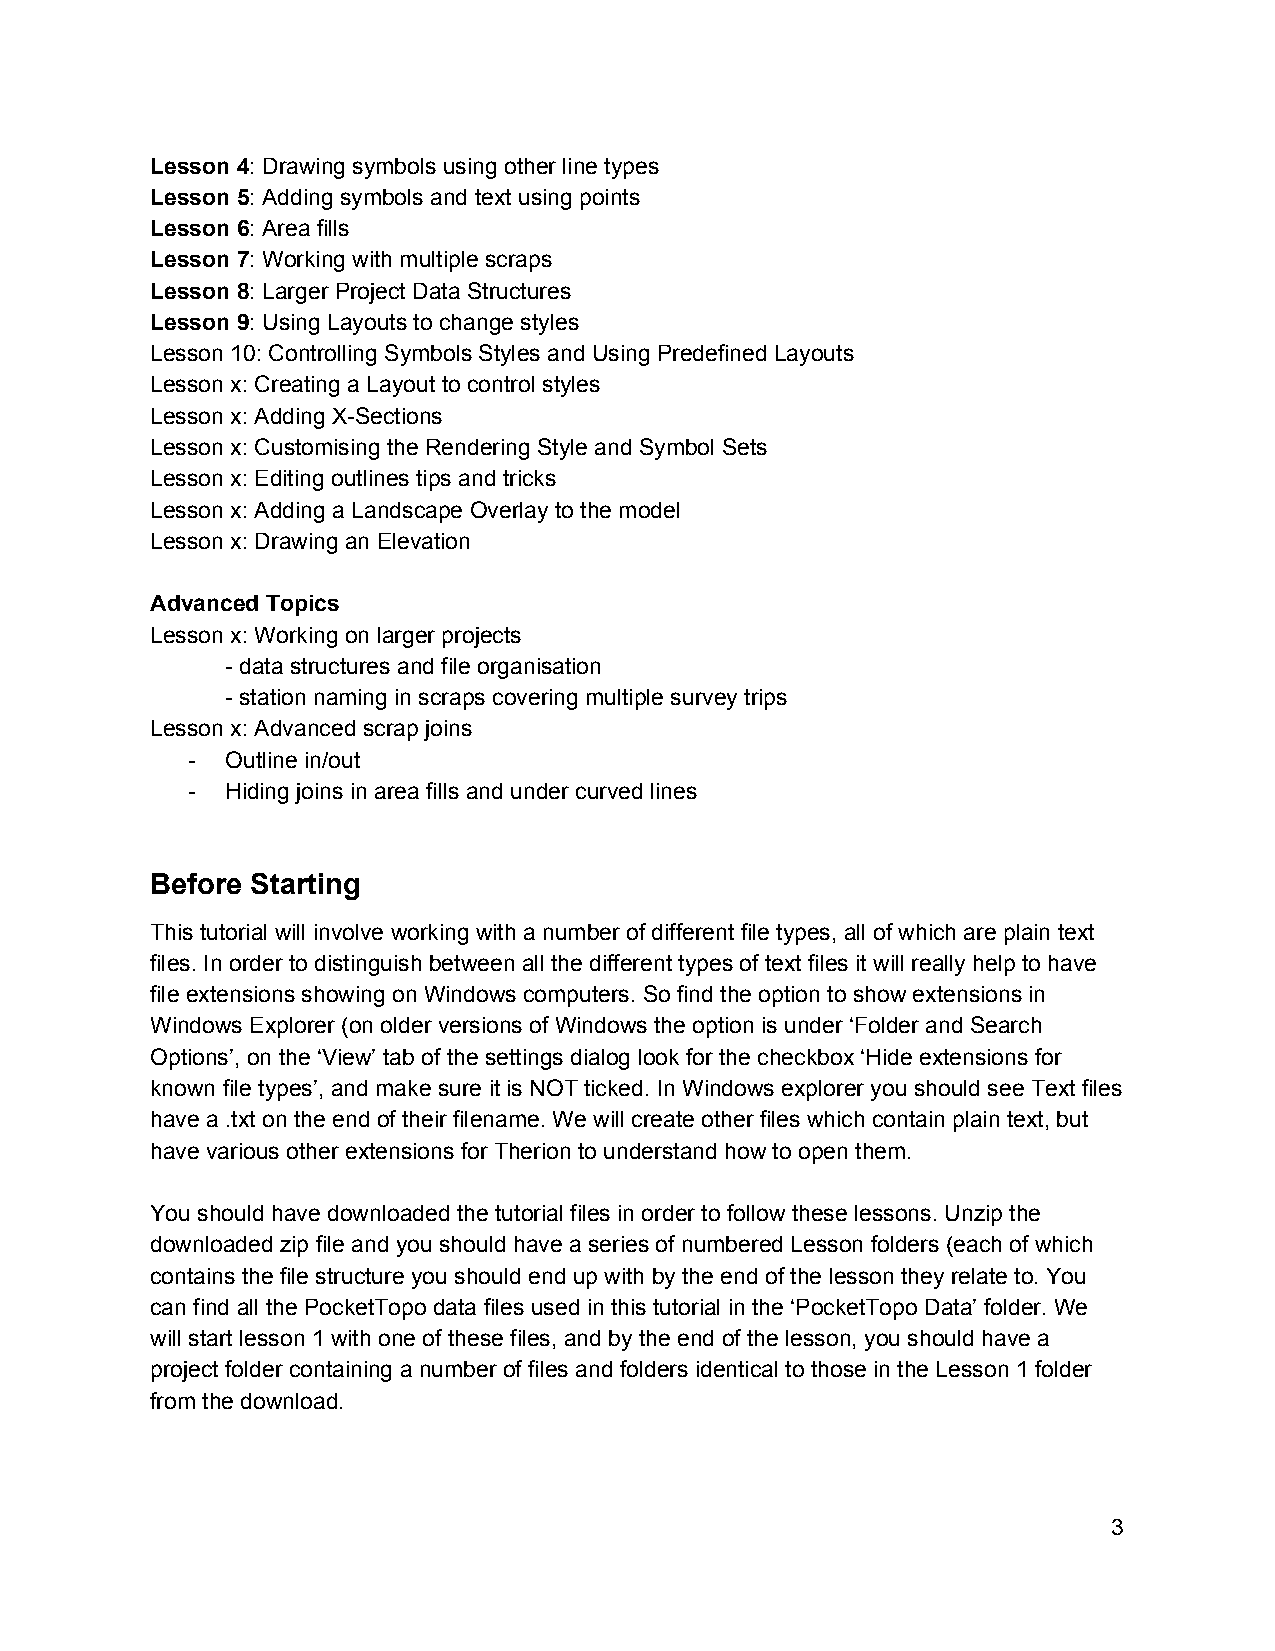
Lesson 4: Drawing symbols using other line types
 ​
 Lesson 5: Adding symbols and text using points
 ​
 Lesson 6: Area fills
 ​
 Lesson 7: Working with multiple scraps
 ​
 Lesson 8: Larger Project Data Structures
 ​
 Lesson 9: Using Layouts to change styles
 ​
 Lesson 10: Controlling Symbols Styles and Using Predefined Layouts
 Lesson x: Creating a Layout to control styles
 Lesson x: Adding X­Sections
 Lesson x: Customising the Rendering Style and Symbol Sets
 Lesson x: Editing outlines tips and tricks
 Lesson x: Adding a Landscape Overlay to the model
 Lesson x: Drawing an Elevation
 Advanced Topics
 Lesson x: Working on larger projects
 ­ data structures and file organisation
 ­ station naming in scraps covering multiple survey trips
 Lesson x: Advanced scrap joins
 ­  Outline in/out
 ­  Hiding joins in area fills and under curved lines
 Before Starting
 This tutorial will involve working with a number of different file types, all of which are plain text
 files. In order to distinguish between all the different types of text files it will really help to have
 file extensions showing on Windows computers. So find the option to show extensions in
 Windows Explorer (on older versions of Windows the option is under ‘Folder and Search
 Options’, on the ‘View’ tab of the settings dialog look for the checkbox ‘Hide extensions for
 known file types’, and make sure it is NOT ticked. In Windows explorer you should see Text files
 have a .txt on the end of their filename. We will create other files which contain plain text, but
 have various other extensions for Therion to understand how to open them.
 You should have downloaded the tutorial files in order to follow these lessons. Unzip the
 downloaded zip file and you should have a series of numbered Lesson folders (each of which
 contains the file structure you should end up with by the end of the lesson they relate to. You
 can find all the PocketTopo data files used in this tutorial in the ‘PocketTopo Data’ folder. We
 will start lesson 1 with one of these files, and by the end of the lesson, you should have a
 project folder containing a number of files and folders identical to those in the Lesson 1 folder
 from the download.
 3